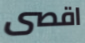
اقصى